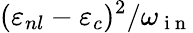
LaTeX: {({\varepsilon}_{nl}-{\varepsilon}_{c})^{2}}/{{\omega}_{\mathrm{~i~n~}}}